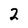
Character: 2